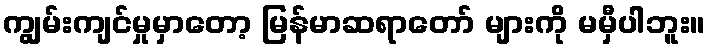
ကျွမ်းကျင်မှုမှာတော့ မြန်မာဆရာတော် များကို မမှီပါဘူး။